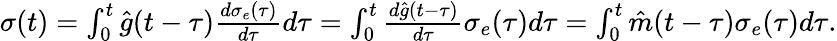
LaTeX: \begin{array}{r}{\sigma(t)=\int_{0}^{t}\hat{g}(t-\tau)\frac{d\sigma_{e}(\tau)}{d\tau}d\tau=\int_{0}^{t}\frac{d\hat{g}(t-\tau)}{d\tau}\sigma_{e}(\tau)d\tau=\int_{0}^{t}\hat{m}(t-\tau)\sigma_{e}(\tau)d\tau.}\end{array}